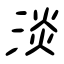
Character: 淡